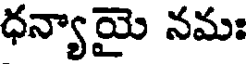
ధన్యాయై నమః